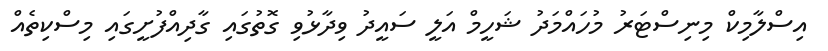
އިސްލާމިކް މިނިސްޓަރު މުހައްމަދު ޝަހީމް އަލީ ސައީދު ވިދާޅުވި ގޮތުގައި ގާދިއްފުށީގައި މިސްކިތެއް